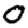
Digit: 0